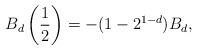
LaTeX: \begin{align*}B_d\left(\frac{1}{2}\right) =-(1-2^{1-d}) B_d,\end{align*}